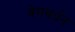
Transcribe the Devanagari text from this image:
वेगवर्धन